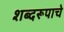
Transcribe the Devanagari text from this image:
शब्दरूपाचे